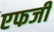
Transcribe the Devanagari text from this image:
एफजी